Sanitation, dispensaries and jails vaccination Rajputana 1922-1927 - 1922-1927
Year: 1922
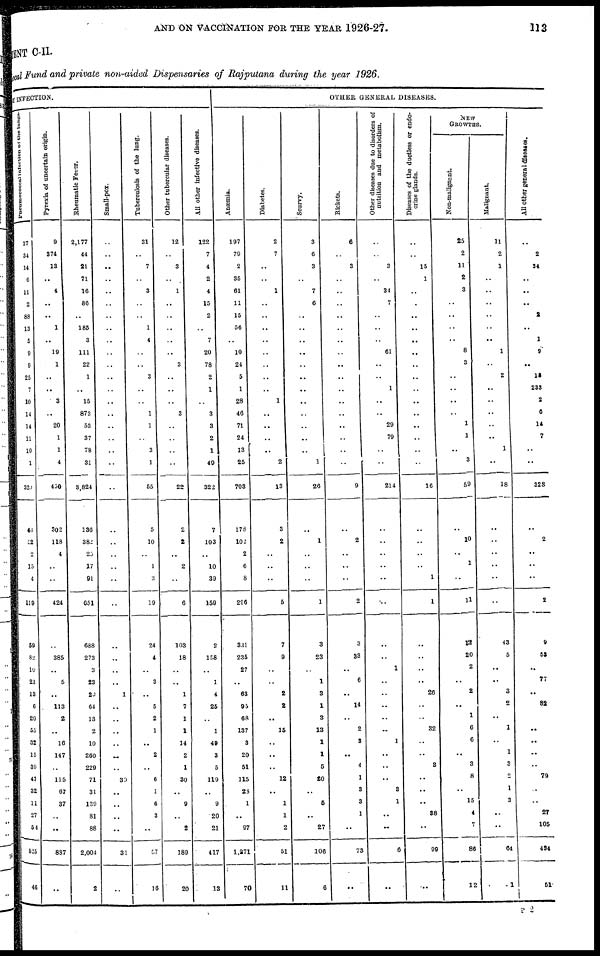
AND ON VACCINATION FOR THE YEAR 1926-27.
113
MENT C-II.
Local Fund and private non-aided Dispensaries of Rajputana during the year 1926.
Y INFECTION.
Pneumococcal infection of the lungus.
37
34
14
6
11
2
88
13
5
9
9
25
7
10
14
14
11
10
1
320
46
52
2
15
4
119
59
82
10
23
13
6
20
55
32
15
39
47
32
11
27
54
625
46
Pyrexia of uncertain origin.
9
374
13
..
4
..
..
1
..
19
1
..
..
3
..
20
1
1
4
450
302
118
4
..
..
424
..
385
..
5
..
113
2
..
16
147
..
115
67
37
..
..
887
..
Rheumatic Fever.
2,177
44
21
71
16
86
..
185
3
111
22
1
..
15
873
53
37
78
31
3,824
136
382
25
17
91
651
688
273
3
23
29
64
13
2
10
260
229
71
31
139
81
88
2,004
2
Small-pox.
..
..
..
..
..
..
..
..
..
..
..
..
..
..
..
..
..
..
..
..
..
..
..
..
..
..
..
..
..
..
1
..
..
..
..
..
..
30
..
..
..
..
31
..
Tuberculosis of the lung.
31
..
7
..
3
..
..
1
4
..
..
3
..
..
1
1
..
3
1
55
5
10
..
1
3
19
24
4
..
3
..
5
2
1
..
2
..
6
1
6
3
..
57
16
Other tubercular diseases.
12
..
3
..
1
..
..
..
..
..
3
..
..
..
3
..
..
..
..
22
2
2
...
2
..
6
103
18
..
..
1
7
1
1
14
2
1
30
..
9
..
2
189
20
All other infective diseases.
122
7
4
2
4
15
2
..
7
20
78
2
1
..
3
3
2
1
49
322
7
103
..
10
39
159
2
158
..
1
4
25
..
1
49
3
5
119
..
9
20
21
417
13
OTHER GENERAL DISEASES.
Anœmia.
197
79
2
35
61
11
15
56
..
10
24
5
1
28
46
71
24
13
25
703
178
102
2
6
8
296
331
235
27
..
63
95
68
137
3
20
51
115
28
1
..
97
1,271
70
Diabetes.
2
7
..
..
1
..
..
..
..
..
..
..
..
1
..
..
..
..
2
13
3
2
..
..
..
5
7
9
..
..
2
2
..
15
..
..
..
12
..
1
1
2
51
11
Scurvy.
3
6
3
..
7
6
..
..
..
..
..
..
..
..
..
..
..
..
1
26
..
1
..
..
..
1
3
23
..
1
3
1
3
13
1
1
5
20
..
5
..
27
106
6
Rickets.
6
..
3
..
..
..
..
..
..
..
..
..
..
..
..
..
..
..
..
9
..
2
..
..
..
2
3
33
..
6
..
14
..
2
3
..
4
1
3
3
1
..
73
..
Other diseases due to disorders of
nutrition and metabolism.
..
..
3
..
34
7
..
..
..
61
..
..
1
..
..
29
79
..
..
214
..
..
..
..
..
..
..
..
1
..
..
..
..
..
1
..
..
..
3
1
..
..
6
..
Diseases of the ductless or endo-
crine glands.
..
..
15
1
..
..
..
..
..
..
..
..
..
..
..
..
..
..
..
16
..
..
..
..
1
1
..
..
..
..
26
..
..
32
..
..
3
..
..
..
38
..
99
..
NEW
GROWTHS.
Non-malignant.
25
2
11
2
3
..
..
..
..
8
3
..
..
..
..
1
1
..
3
59
..
10
..
1
..
11
12
20
2
..
2
..
1
6
6
..
3
8
..
15
4
7
86
12
Malignant.
11
2
1
..
..
..
..
..
..
1
..
2
..
..
..
..
..
1
..
18
..
..
..
..
..
..
43
5
..
..
3
2
..
1
..
1
3
2
1
3
..
..
64
1
All other general diseases.
..
2
34
..
..
..
2
..
1
9
..
18
233
2
6
14
7
..
..
323
..
2
..
..
..
2
9
53
..
77
..
82
..
..
..
..
..
79
..
..
27
105
434
51
P 2